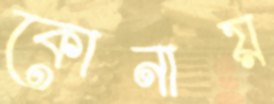
কোনায়